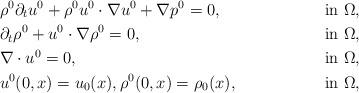
LaTeX: \begin{align*}&\rho^{0}\partial_{t}u^{0}+\rho^{0} u^{0}\cdot\nabla u^{0}+\nabla p^{0}=0,&{\rm in}\ \Omega,\\&\partial_{t}\rho^{0}+u^{0}\cdot\nabla \rho^{0}=0,&{\rm in}\ \Omega,\\&\nabla\cdot u^{0}=0,&{\rm in}\ \Omega,\\&u^{0}(0,x)=u_0(x),\rho^{0}(0,x)=\rho_0(x),&{\rm in}\ \Omega,\end{align*}